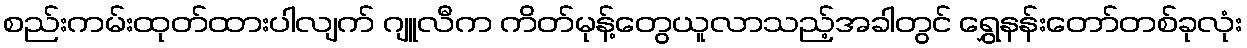
စည်းကမ်းထုတ်ထားပါလျက် ဂျူလီက ကိတ်မုန့်တွေယူလာသည့်အခါတွင် ရွှေနန်းတော်တစ်ခုလုံး